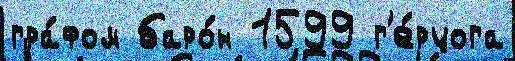
гра́фом баро́н 1599 г'е́рцога